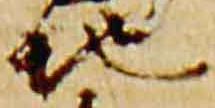
地